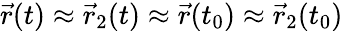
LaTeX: \vec{r}(t)\approx\vec{r}_{2}(t)\approx\vec{r}(t_{0})\approx\vec{r}_{2}(t_{0})